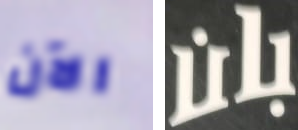
الآن بان